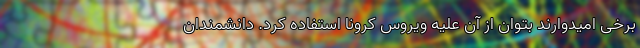
برخی امیدوارند بتوان از آن علیه ویروسِ کرونا استفاده کرد. دانشمندانِ